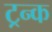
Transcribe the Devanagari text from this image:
ट्रन्क